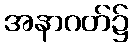
အနာဂတ်၌